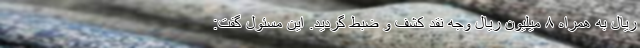
ریال به همراه ۸ میلیون ریال وجه نقد کشف و ضبط گردید. این مسئول گفت: